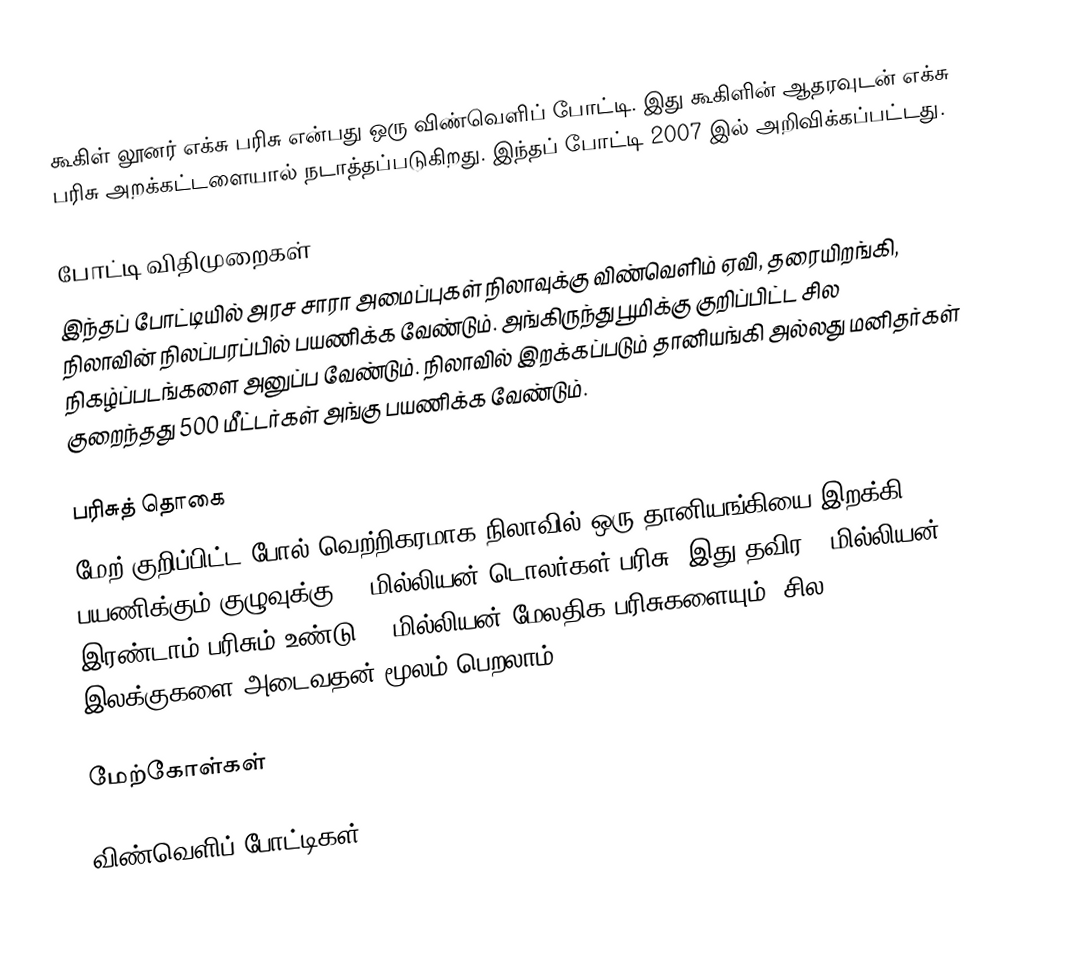
கூகிள் லூனர் எக்சு பரிசு என்பது ஒரு விண்வெளிப் போட்டி. இது கூகிளின் ஆதரவுடன் எக்சு பரிசு அறக்கட்டளையால் நடாத்தப்படுகிறது. இந்தப் போட்டி 2007 இல் அறிவிக்கப்பட்டது.

போட்டி விதிமுறைகள்
இந்தப் போட்டியில் அரச சாரா அமைப்புகள் நிலாவுக்கு விண்வெளிம் ஏவி, தரையிறங்கி, நிலாவின் நிலப்பரப்பில் பயணிக்க வேண்டும். அங்கிருந்து பூமிக்கு குறிப்பிட்ட சில நிகழ்ப்படங்களை அனுப்ப வேண்டும். நிலாவில் இறக்கப்படும் தானியங்கி அல்லது மனிதர்கள் குறைந்தது 500 மீட்டர்கள் அங்கு பயணிக்க வேண்டும்.

பரிசுத் தொகை
மேற் குறிப்பிட்ட போல் வெற்றிகரமாக நிலாவில் ஒரு தானியங்கியை இறக்கி, பயணிக்கும் குழுவுக்கு 20 மில்லியன் டொலர்கள் பரிசு. இது தவிர 5 மில்லியன் இரண்டாம் பரிசும் உண்டு. 5 மில்லியன் மேலதிக பரிசுகளையும், சில இலக்குகளை அடைவதன் மூலம் பெறலாம்.

மேற்கோள்கள்

விண்வெளிப் போட்டிகள்